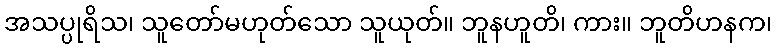
အသပ္ပုရိသ၊ သူတော်မဟုတ်သော သူယုတ်။ ဘူနဟူတိ၊ ကား။ ဘူတိဟနက၊